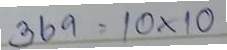
364 = 10x10